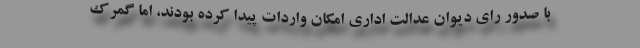
با صدور رای دیوان عدالت اداری امکان واردات پیدا کرده بودند، اما گمرک